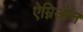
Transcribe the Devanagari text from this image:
ऐम्निओन